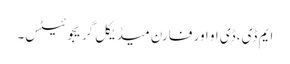
ایم ڈی، ڈی او اور فارن میڈیکل گریجوئیٹس۔